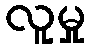
လူမှု